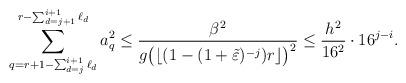
LaTeX: \begin{align*}\sum_{q=r+1-\sum_{d=j}^{i+1}\ell_{d}}^{r-\sum_{d=j+1}^{i+1}\ell_{d}}a_q^2\leq\frac{\beta^2}{g\big(\lfloor(1-(1+\tilde\varepsilon)^{-j})r\rfloor\big)^2}\leq \frac{h^2}{16^2}\cdot 16^{j-i}.\end{align*}